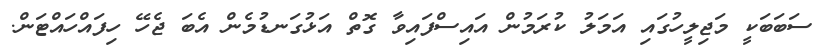
ސަބަބަކީ މަޖިލީހުގައި އަމަލު ކުރަމުން އައިސްފައިވާ ގޮތް އަޅުގަނޑުމެން އެބަ ޖެހޭ ހިފައްހައްޓަން.